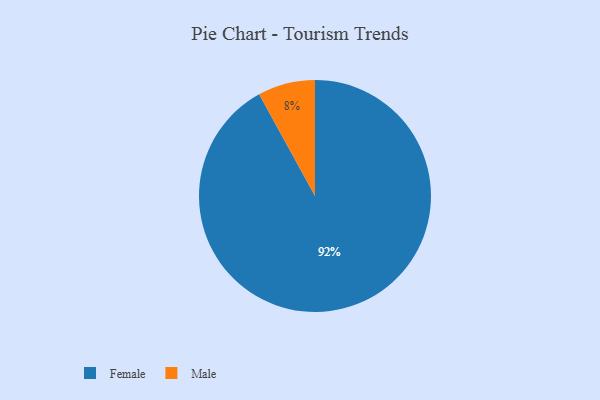
{"axis": {"x": "Category", "y": "Percentage"}, "legend": ["Female", "Male"], "data": [{"x": "Male", "y": 8, "type": "Male"}, {"x": "Female", "y": 92, "type": "Female"}]}